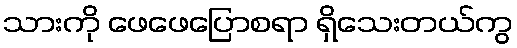
သားကို ဖေဖေပြောစရာ ရှိသေးတယ်ကွ